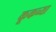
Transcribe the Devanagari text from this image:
कूकच्या